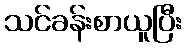
သင်ခန်းစာယူပြီး